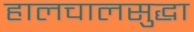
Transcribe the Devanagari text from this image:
हालचालसुद्धा